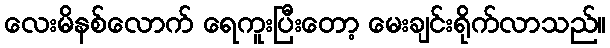
လေးမိနစ်လောက် ရေကူးပြီးတော့ မေးချင်းရိုက်လာသည်။